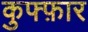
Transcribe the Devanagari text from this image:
कुफ्फ़ार